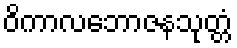
ဝိကာလဘောဇနသုတ္တံ